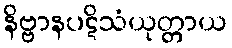
နိဗ္ဗာနပဋိသံယုတ္တာယ